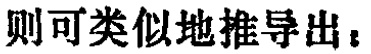
则可类似地推导出：